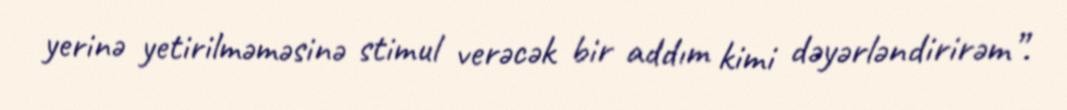
yerinə yetirilməməsinə stimul verəcək bir addım kimi dəyərləndirirəm”.